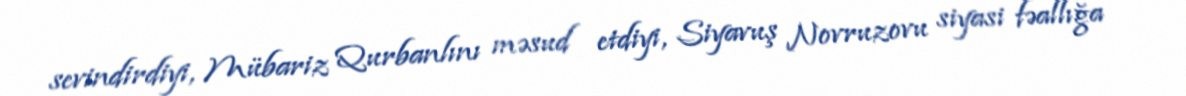
sevindirdiyi, Mübariz Qurbanlını məsud etdiyi, Siyavuş Novruzovu siyasi fəallığa